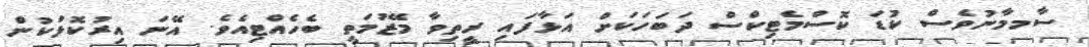
ސާމމާނުވެސް ކުޑަ ކޮސްމެޓިކްސް ދަބަހަކަށް އަޅާފައި ރީތިވާ މޭޒުމަތީ ބެހެއްޓިއެވެ. އޭނަ އިރުކޮޅަކުން